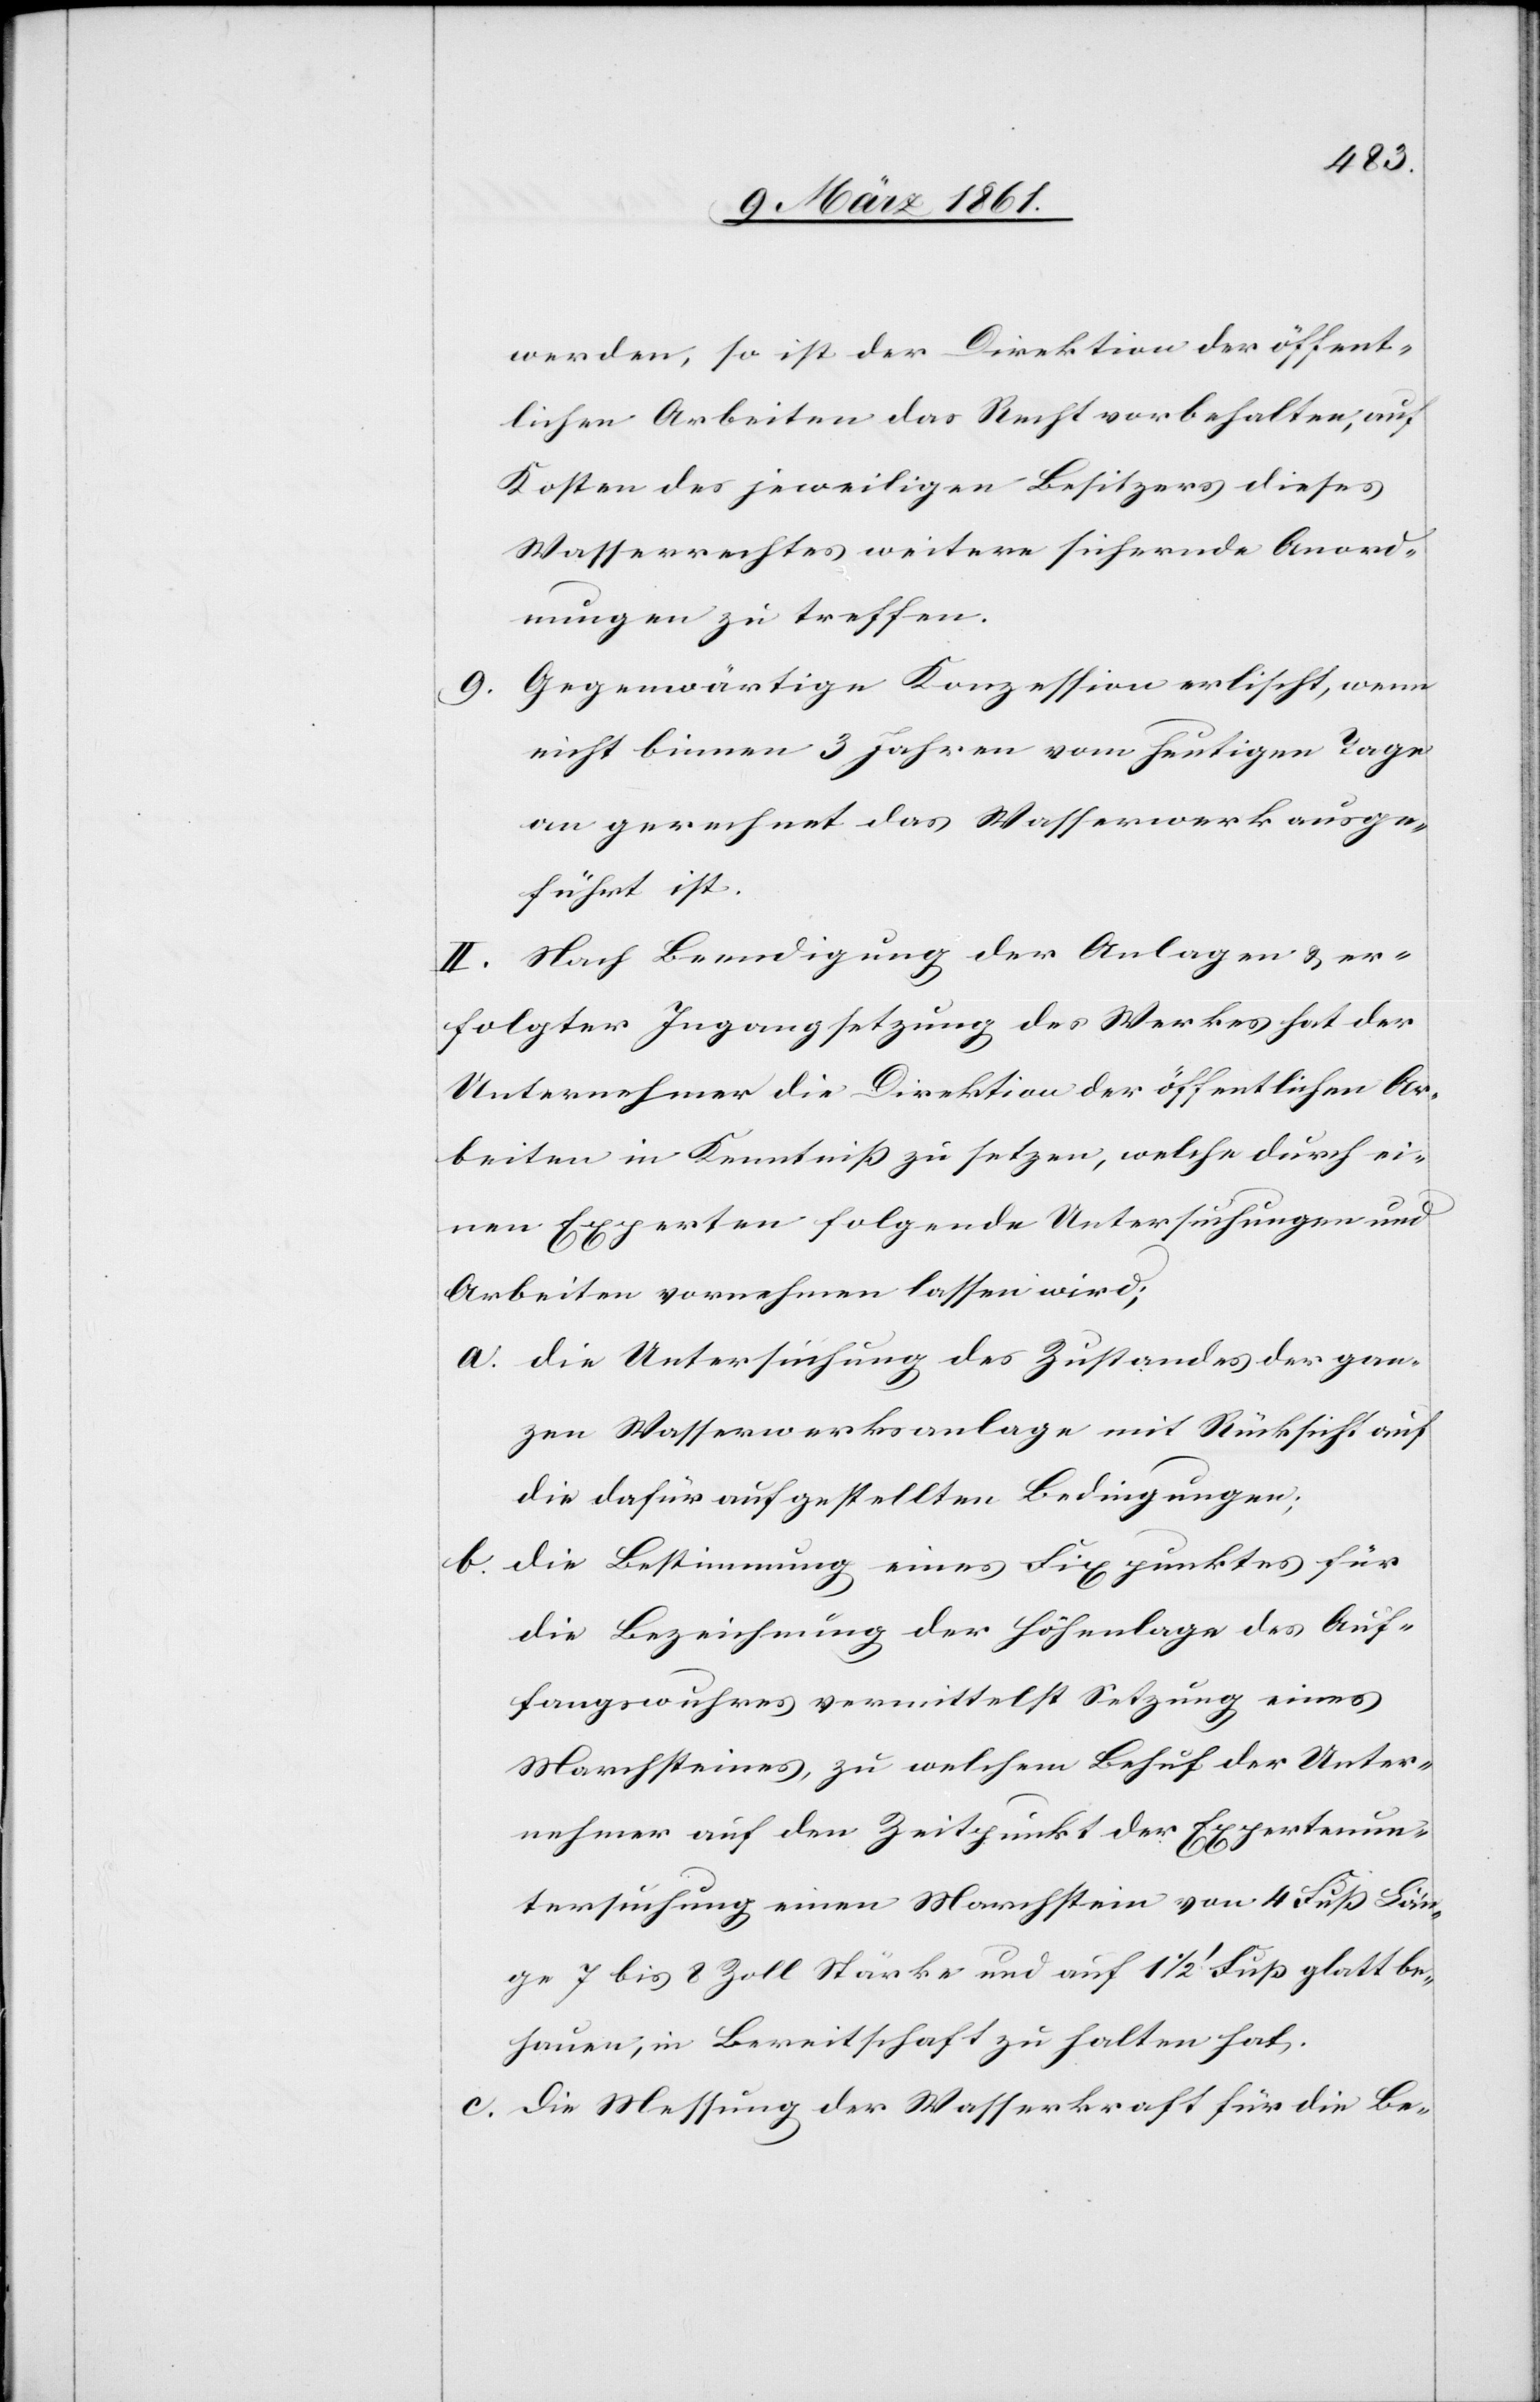
werden, so ist der Direktion der öffent¬
lichen Arbeiten das Recht vorbehalten, auf
Kosten des jeweiligen Besitzers dieses
Wasserrechtes weitere sichernde Anord¬
nungen zu treffen.
Gegenwärtige Konzession erlischt, wenn
9.
nicht binnen 3 Jahren vom heutigen Tage
an gerechnet das Wasserwerk ausge¬
führt ist.
II. Nach Beendigung der Anlagen u. er¬
folgter Ingangsetzung des Werkes hat der
Unternehmer die Direktion der öffentlichen Ar¬
beiten in Kenntniss zu setzen, welche durch ei¬
nen Experten folgende Untersuchungen und
Arbeiten vornehmen lassen wird;
a. Die Untersuchung des Zustandes der gan¬
zen Wasserwerksanlage mit Rücksicht auf
die dafür aufgestellten Bedingungen;
b.
Die Bestimmung eines Fixpunktes für
die Bezeichnung der Höhenlage des Auf¬
fangswuhres vermittelst Setzung eines
Marchsteines, zu welchem Behuf der Unter¬
nehmer auf den Zeitpunkt der Expertenun¬
tersuchung einen Marchstein von 4 Fuss Län¬
ge bis 8 Zoll Stärke und auf 1 1/2 Fuss glatt be¬
hauen, in Bereitschaft zu halten hat.
c. Die Messung der Wasserkraft für die Be-